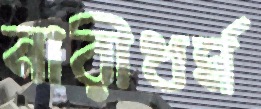
নারীধর্ম